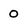
Character: 0